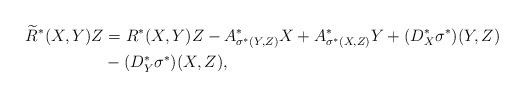
LaTeX: \begin{align*} \widetilde{R}^{\ast}(X,Y)Z&=R^{\ast}(X,Y)Z-A^{\ast}_{\sigma^{\ast}(Y,Z)}X+A^{\ast}_{\sigma^{\ast}(X,Z)}Y+(D^{\ast}_{X}\sigma^{\ast})(Y,Z)\\ &-(D^{\ast}_{Y}\sigma^{\ast})(X,Z),\end{align*}